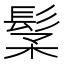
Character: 𩬽